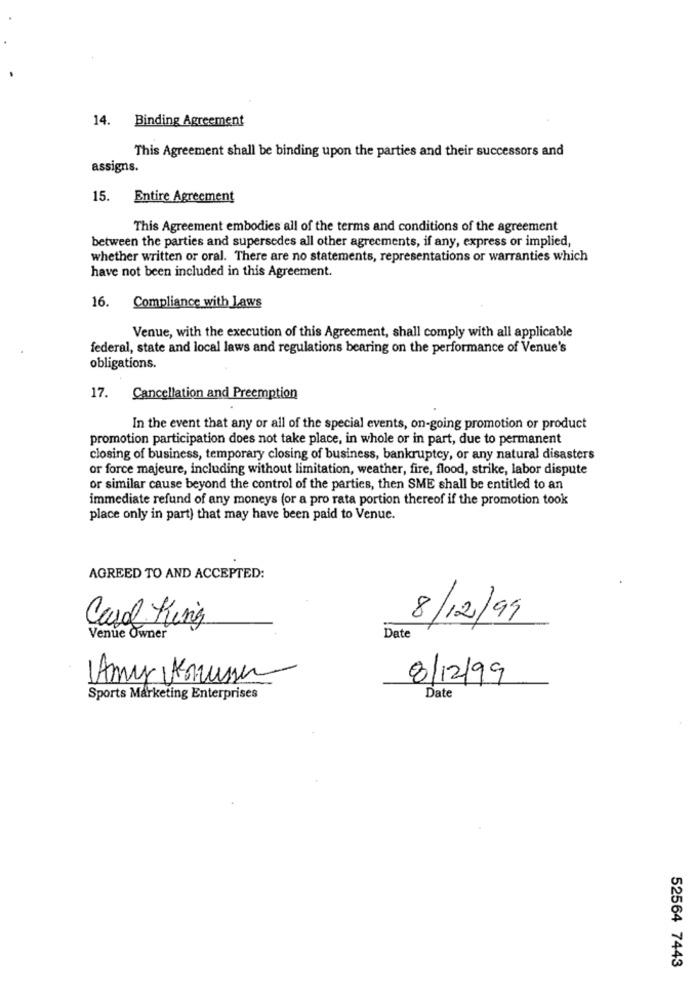
14. Binding Agreement
This Agreement shall be binding upon the parties and their successors and
assigns.
15.
Entire Agreement
This Agreement embodies all of the terms and conditions of the agreement
between the parties and supersedes all other agreements, if any, express or implied,
whether written or oral. There are no statements, representations or warranties which
have not been included in this Agreement.
16.
Compliance with laws
Venue, with the execution of this Agreement, shall comply with all applicable
federal, state and local laws and regulations bearing on the performance of Venue's
obligations.
17. Cancellation and Preemption
In the event that any or all of the special events, on-going promotion or product
promotion participation does not take place, in whole or in part, due to permanent
closing of business, temporary closing of business, bankruptcy, or any natural disasters
or force majeure, including without limitation, weather, fire, flood, strike, labor dispute
or similar cause beyond the control of the parties, then SME shall be entitled to an
immediate refund of any moneys (or a pro rata portion thereof if the promotion took
place only in part) that may have been paid to Venue.
AGREED TO AND ACCEPTED:
Carol King
8/12/99
Venue Owner
Date
Amy Krusser
8/12/99
Sports Marketing Enterprises
Date
52564 7443